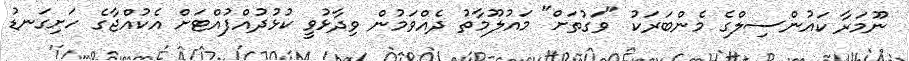
ނޫމަރާ ކައުންސިލްގެ މެންބަރަކު "ވަގުތަށް" މައުލޫމާތު ދެއްވަމުން ވިދާޅުވީ ކުޅުދުއްފުއްޓަށް އެކުއްޖާގެ ހަށިގަނޑު